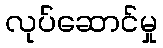
လုပ်ဆောင်မှု